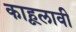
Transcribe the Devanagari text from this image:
काहूलावी